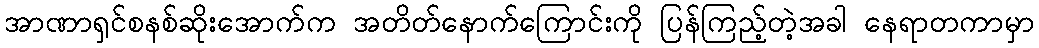
အာဏာရှင်စနစ်ဆိုးအောက်က အတိတ်နောက်ကြောင်းကို ပြန်ကြည့်တဲ့အခါ နေရာတကာမှာ